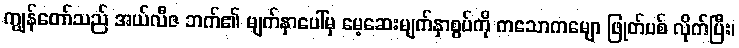
ကျွန်တော်သည် အယ်လီဇ ဘက်၏ မျက်နှာပေါ်မှ မေ့ဆေးမျက်နှာစွပ်ကို ကသောကမျော ဖြုတ်ပစ် လိုက်ပြီး၊